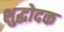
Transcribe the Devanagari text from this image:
शुद्धोदक